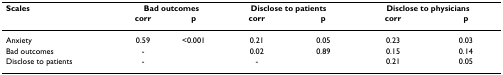
| Scales | <COLSPAN=2> Bad outcomes | <COLSPAN=2> Disclose to patients | <COLSPAN=2> Disclose to physicians |
 |  | corr | p | corr | p | corr | p |
 | --- | --- | --- | --- | --- | --- | --- |
 | Anxiety | 0.59 | <0.001 | 0.21 | 0.05 | 0.23 | 0.03 |
 | Bad outcomes | - |  | 0.02 | 0.89 | 0.15 | 0.14 |
 | Disclose to patients | - |  | - |  | 0.21 | 0.05 |